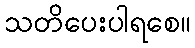
သတိပေးပါရစေ။